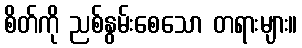
စိတ်ကို ညစ်နွမ်းစေသော တရားများ။